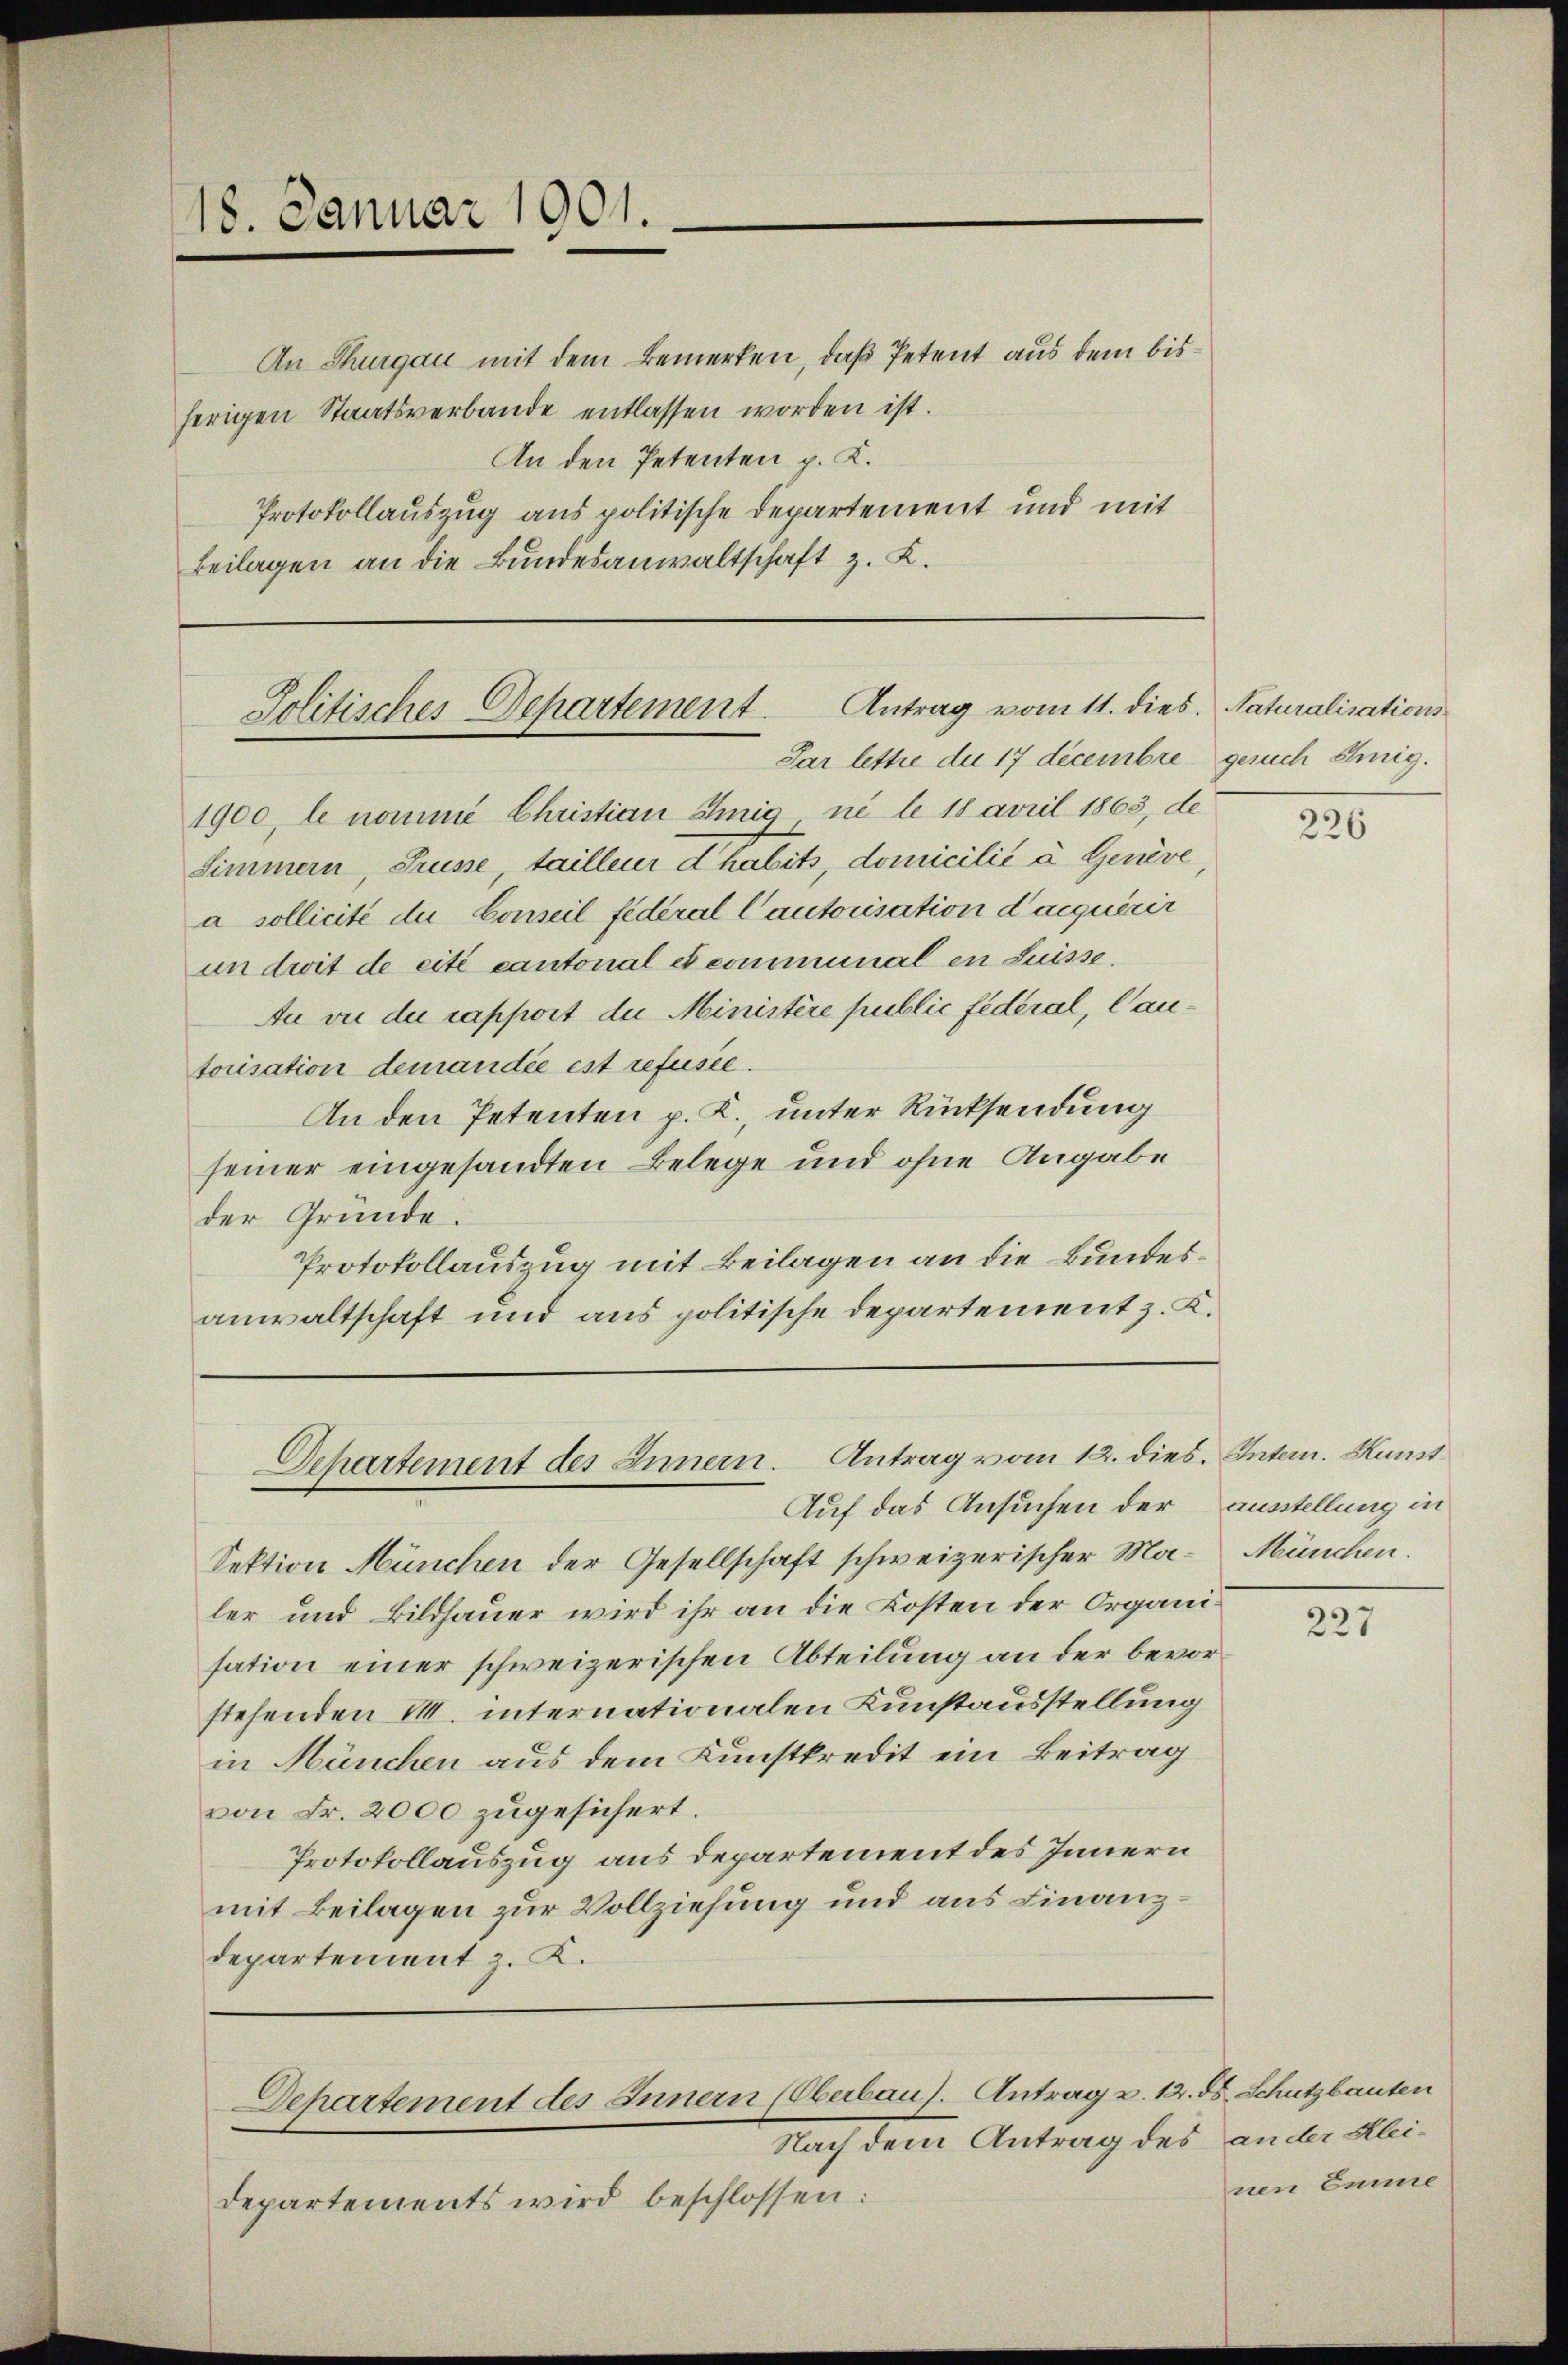
18. Januar 1901.

An Thurgau mit dem Bemerken, daß Petent aus dem bisherigen Staatsverbande entlassen worden ist.
An den Petenten p. K.
Protokollauszug aus politische Departement und mit
Beilagen an die Bundesanwaltschaft z. K.

Antrag vom 11. dies. Naturalisations
Jolitisches Departement.
Par lettre die 17 decembre gesuch einig.

Departement des Innern. Antrag vom 12. dies. Intern. Kunst
Auf das Ansuchen der Ausstellung in

Departement des Innern (Oberbaus. Antrag u. 12. ds. Schutzbauten
Nach dem Antrag des ander Klei¬

1900, le nommé Christian Chinig, ne le 18 april 1863, de
Simmern, Trüsse, tailleur d’habits, domicilié à. Genève,
a sollicite der Conseil fédéral Cautorisation d’acquérir
un droit de cité cantonal et communal en Suisse.
An vie die rapport die Ministère public fédéral, Cantorisation demandée est refusée.
An den Petenten p. K., unter Rücksendung
seiner eingesandten Belege und ohne Angabe
der Gründe.
Protokollauszug mit Beilagen an die Bundesanwaltschaft und aus politische Departement z. K.

Sektion München der Gesellschaft schweizerischer Maler und Bildhauer wird ihr an die Kosten der Organisation einer schweizerischen Abteilung an der bevorstehenden M. internationalen Kunstausstellung
in Hänchen aus dem Kunstkredit ein Beitrag
von Fr. 2000 zugesichert.
Protokollauszug aus Departement des Innern
mit Beilagen zur Vollziehung und aus Finanzdepartement z. K.

Departements wird beschlossen:

226

München.

227

nen Emme